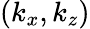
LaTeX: (k_{x},k_{z})